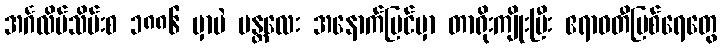
အင်္ဂလိပ်သိမ်းစ ၁၈၈၆ မှာပဲ မန္တလေး အနောက်ပြင်မှာ တာရိုးကျိုးပြီး ဧရာဝတီမြစ်ရေတွေ